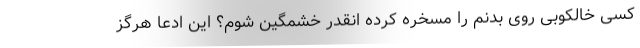
کسی خالکوبی‌ روی بدنم را مسخره کرده انقدر خشمگین شوم؟ این ادعا هرگز